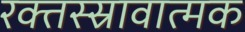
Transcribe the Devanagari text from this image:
रक्तस्स्रावात्मक